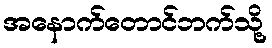
အနောက်တောင်ဘက်သို့